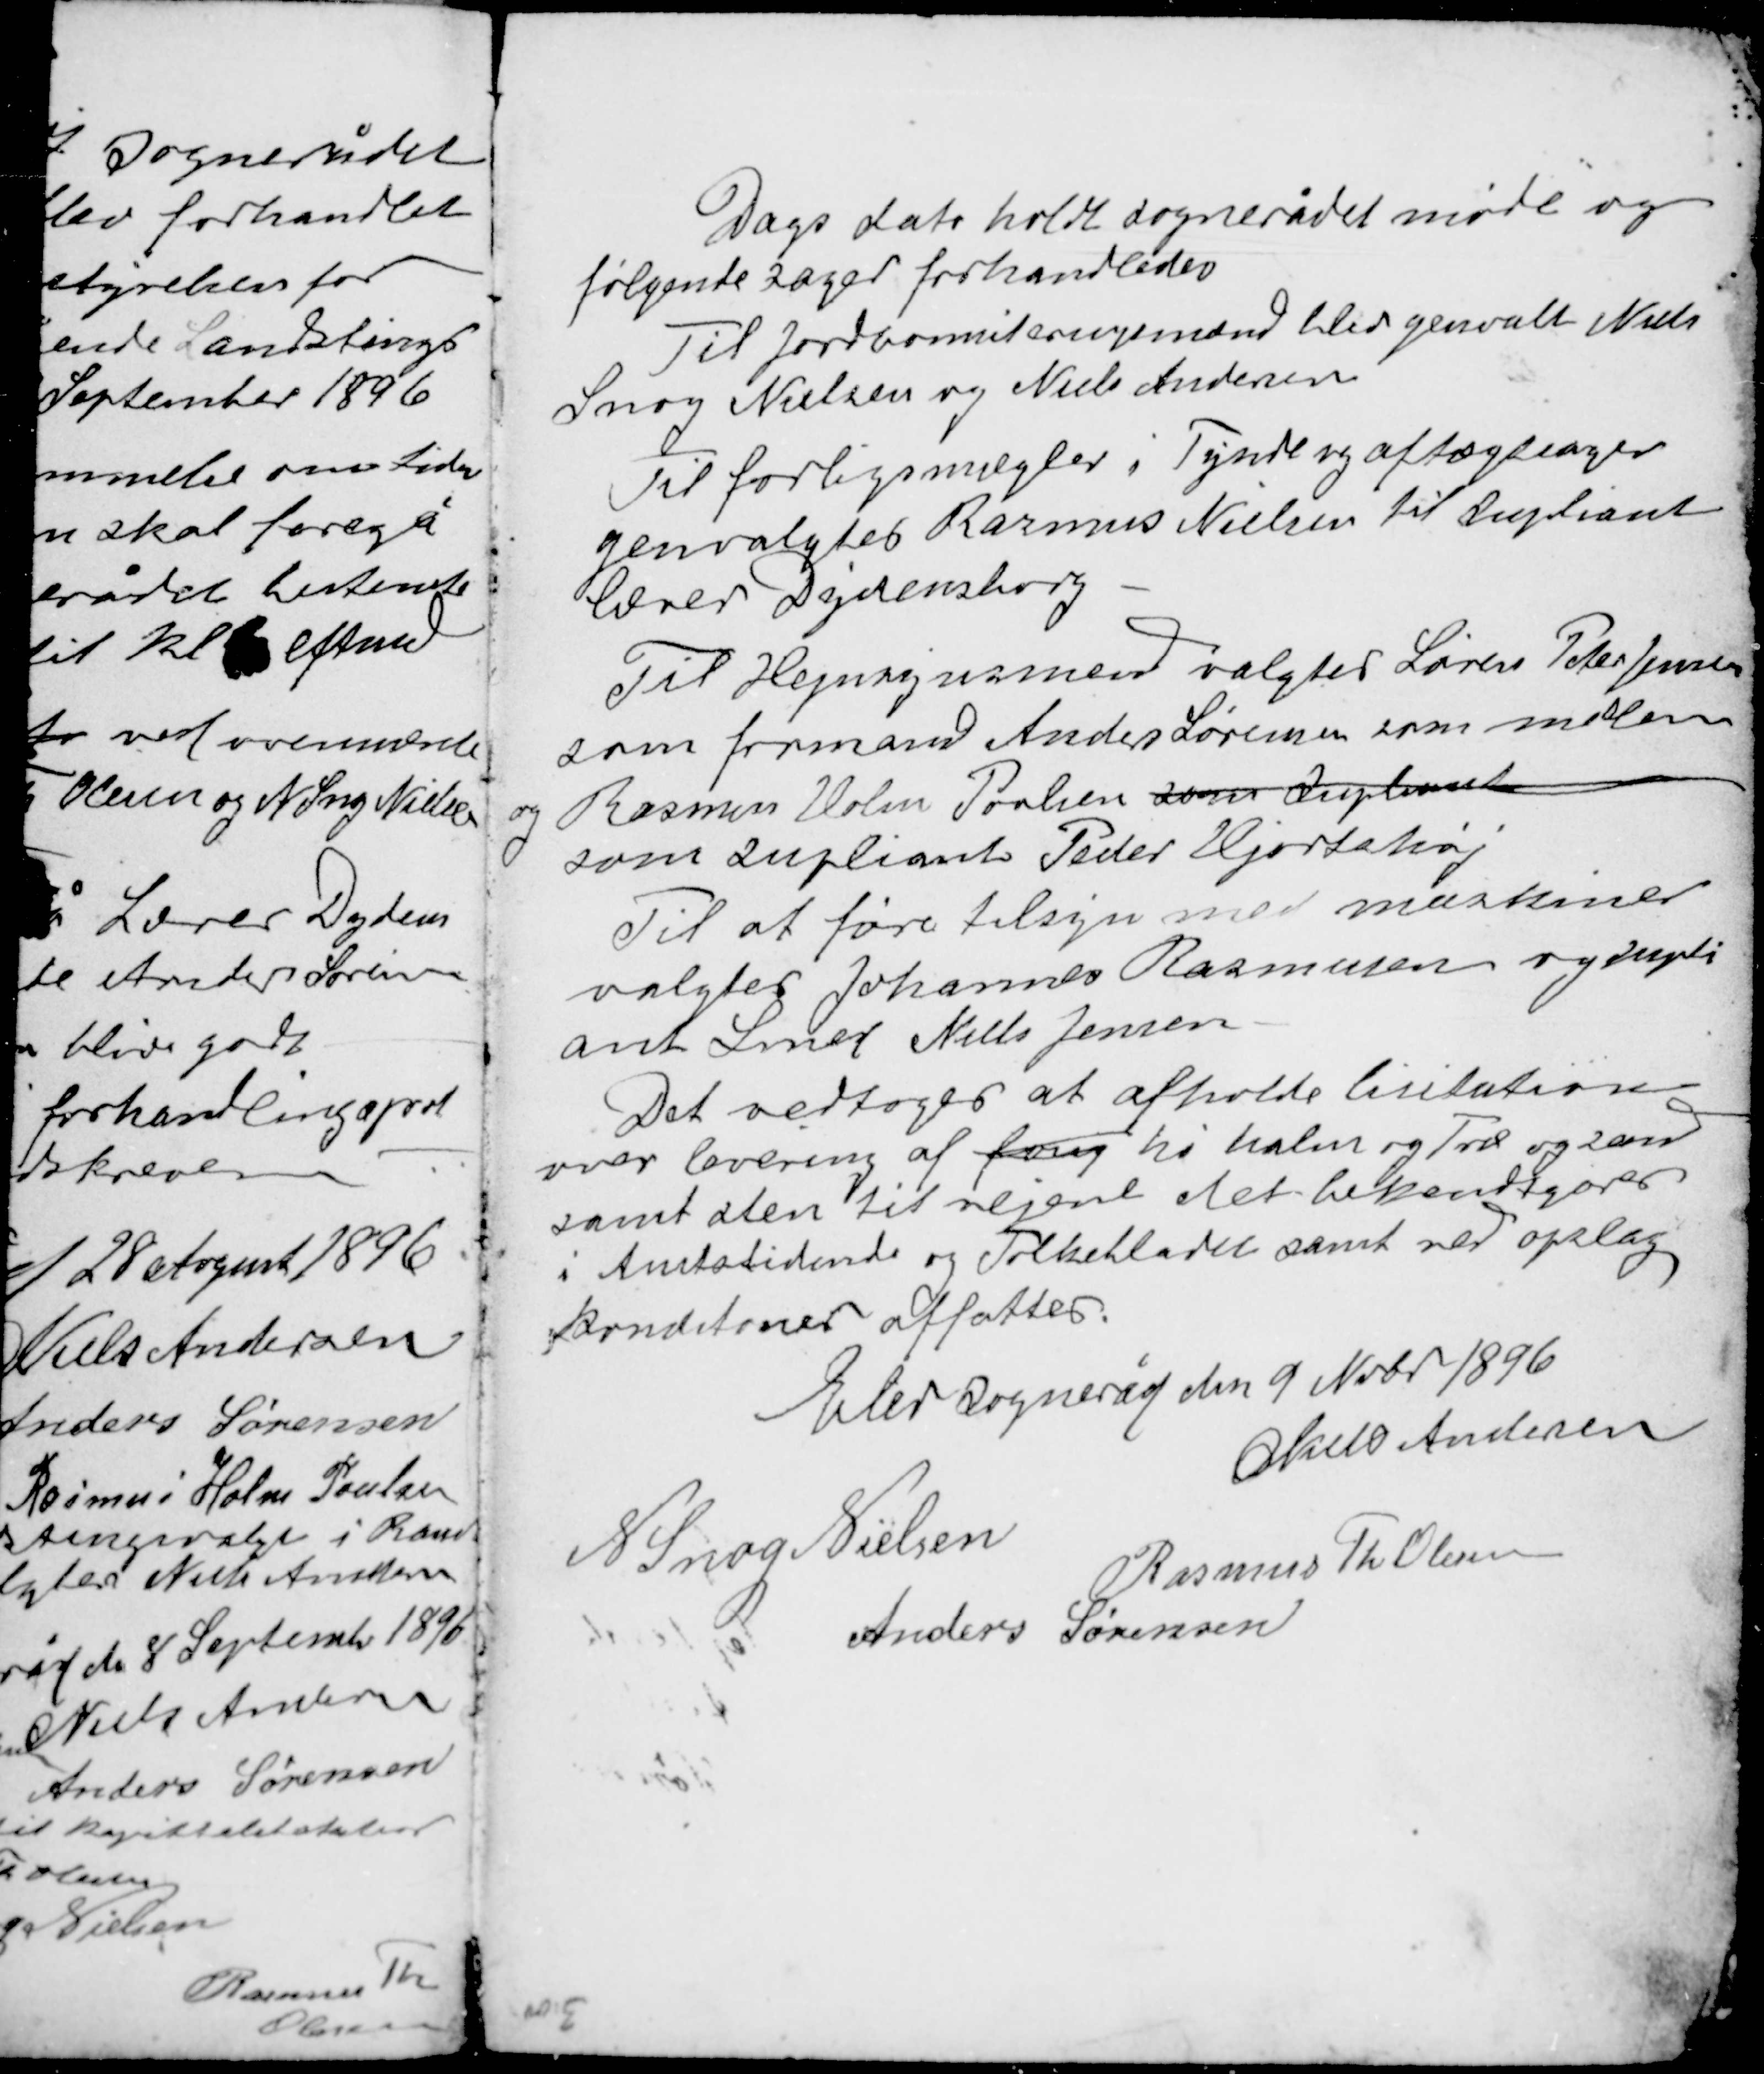
Transskription:
Dags dato holdt sognerådet møde og
følgende sager forhandledes
Til Jordbonniteringsmænd blev genvalt Niels
Snog Nielsen og Niels Andersen
Til forligsmægler i Tyende og aftægtsager
genvalgtes Rasmus Nielsen til supliant
lærer Dydensborg

Til Hegnsynsmænd valgtes Søren Peter Jensen
som formand Anders Sørensen som medlem
og Rasmus Holm Poulsen som supliant
Som supliant Peder Hjortshøj
Til at føre tilsyn med maskiner
valgtes Johannes Rasmussen og Supli-
ant Smed Niels Jensen

Det vedtoges at afholde licitation
over levering af fong hø halm og Træ og sand
samt sten til vejene det bekendtgøres
i Amtstidende og Folkebladet samt ved opslag
kontitioner affattes.

Elev sogneråd den 9 Nvbr 1896
Niels Andersen
N Snog Nielsen
Rasmus Th. Olesen
Anders Sørensen